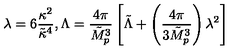
\lambda = 6 \frac { \kappa ^ { 2 } } { \tilde { \kappa } ^ { 4 } } , \Lambda = \frac { 4 \pi } { \tilde { M } _ { p } ^ { 3 } } \left[ \tilde { \Lambda } + \left( \frac { 4 \pi } { 3 \tilde { M } _ { p } ^ { 3 } } \right) \lambda ^ { 2 } \right]